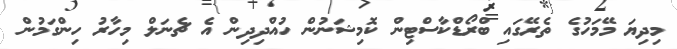
މިދިޔަ މޭމަހުގެ ތެރޭގައި ބްރޯޑްކާސްޓިން ކޮމިޝަނުން ހުއްދިދިން އެ ޗެނަލް މިހާރު ހިންގަމުން